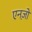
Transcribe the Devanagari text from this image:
एनज़ो